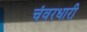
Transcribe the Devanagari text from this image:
चंवरधारी